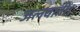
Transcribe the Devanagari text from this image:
जलवातीं।